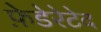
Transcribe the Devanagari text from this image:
फ़ेडेरेटेद